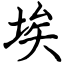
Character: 埃